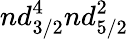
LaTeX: nd_{3/2}^{4}nd_{5/2}^{2}